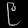
Digit: ၉